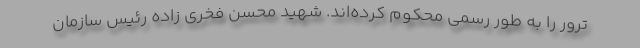
ترور را به طور رسمی محکوم کرده‌اند. شهید محسن فخری زاده رئیس سازمان